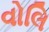
વોલિ